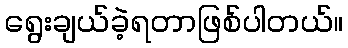
ရွေးချယ်ခဲ့ရတာဖြစ်ပါတယ်။